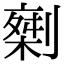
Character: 𠟇